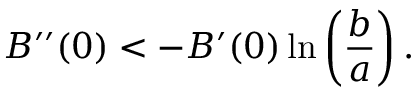
B ^ { \prime \prime } ( 0 ) < - B ^ { \prime } ( 0 ) \ln \left( \frac { b } { a } \right) .